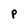
Character: P